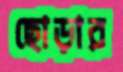
ছোড়ার